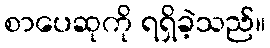
စာပေဆုကို ရရှိခဲ့သည်။